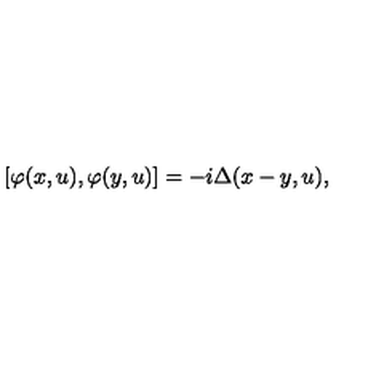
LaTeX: \left[ \varphi ( x , u ) , \varphi ( y , u ) \right] = - i \Delta ( x - y , u ) ,